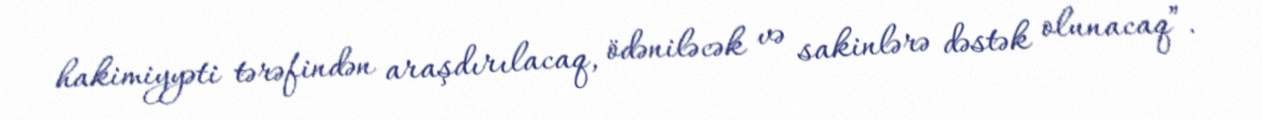
hakimiyyəti tərəfindən araşdırılacaq, ödəniləcək və sakinlərə dəstək olunacaq”.